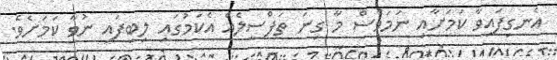
އެނގިފައިވާ ކަމަށާއި ނަމަވެސް މާ ގިނަ ތަފްސީލެއް އެކަމުގައި ލިބިފައި ނުވާ ކަމަށެވެ.